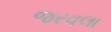
જરવલા